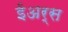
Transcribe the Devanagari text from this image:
ईअर्स